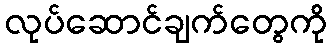
လုပ်ဆောင်ချက်တွေကို